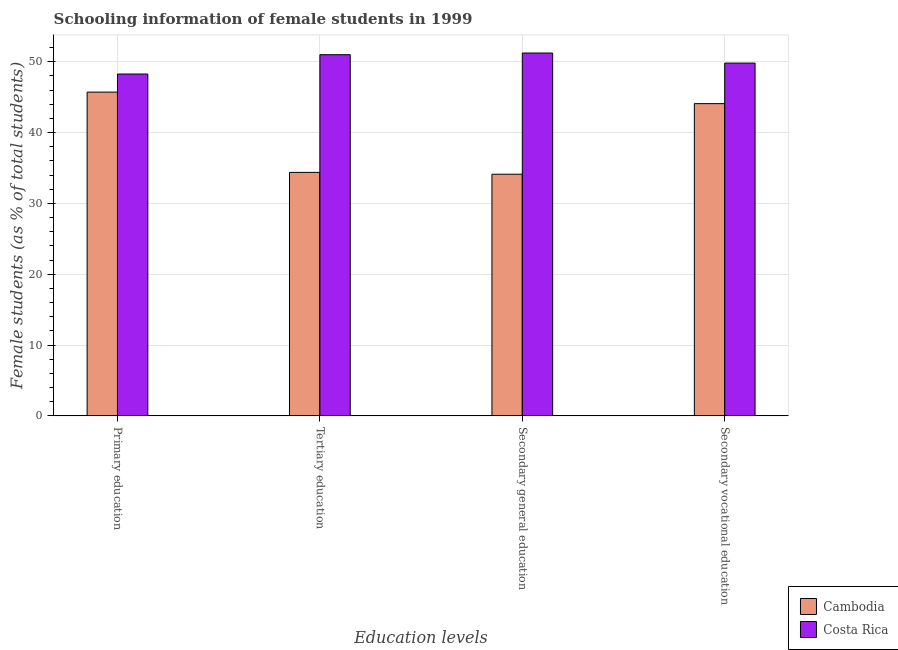
| Education levels | Cambodia | Costa Rica |
 | --- | --- | --- |
 | Primary education | 45.7 | 48.3 |
 | Tertiary education | 34.4 | 51 |
 | Secondary general education | 34.1 | 51.2 |
 | Secondary vocational education | 44.1 | 49.8 |